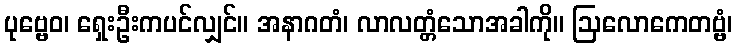
ပုဗ္ဗေဝ၊ ရှေးဦးကပင်လျှင်။ အနာဂတံ၊ လာလတ္တံသောအခါကို။ ဩလောကေတဗ္ဗံ၊